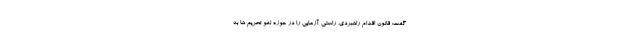
گفت: قانون اقدام راهبردی، راستی آزمایی را در حوزه لغو تحریم ها به